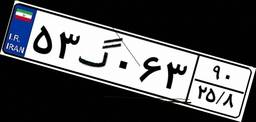
۵۳گ۰۶۳۹۰